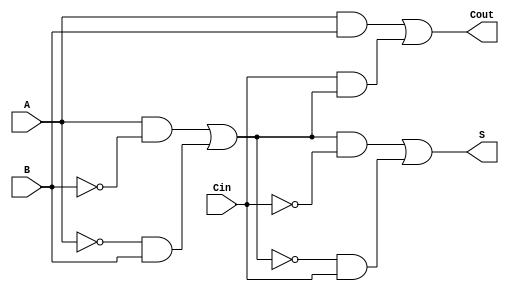
module TransmissionGateFullAdder (
    input wire A,      // First input bit
    input wire B,      // Second input bit
    input wire Cin,    // Carry-in bit
    output wire S,     // Sum output
    output wire Cout   // Carry-out output
);

// Intermediate signals
wire AB_xor, A_B_xor_Cin, AB_and, Cin_A_B_and;

// XOR implementation using transmission gates
assign AB_xor = (A & ~B) | (~A & B); // A XOR B
assign A_B_xor_Cin = (AB_xor & ~Cin) | (~AB_xor & Cin); // (A XOR B) XOR Cin

// AND implementation using transmission gates
assign AB_and = A & B; // A AND B
assign Cin_A_B_and = Cin & AB_xor; // Cin AND (A XOR B)

// OR implementation to get Cout
assign Cout = AB_and | Cin_A_B_and; // Cout = (A AND B) OR (Cin AND (A XOR B))

// Assign outputs
assign S = A_B_xor_Cin;

endmodule